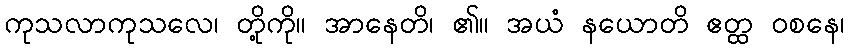
ကုသလာကုသလေ၊ တို့ကို။ အာနေတိ၊ ၏။ အယံ နယောတိ ဧတ္ထ ဝစနေ၊